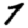
Digit: 7